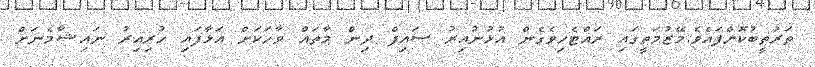
ތަރުތީބުކޮށްފައެވެ.މޭޒުމަތީގަައި ރައްޓެހިވެގެން އުޅުނުއިރު ސައިފް ދިން މާތައް ވާހަކަށް އަޅާފައި ހުރިއިރު ނައިޝާމެނަށް